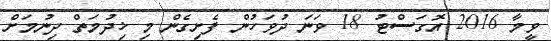
ވީމާ 2016 އޮގަސްޓު 18 ވަނަ ދުވަހުން ފެށިގެން މި ޚިދުމަތް ދިނުމަށް